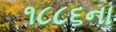
૧૮૮૬ના